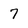
Character: 7